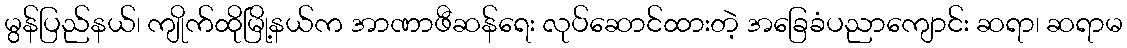
မွန်ပြည်နယ်၊ ကျိုက်ထိုမြို့နယ်က အာဏာဖီဆန်ရေး လုပ်ဆောင်ထားတဲ့ အခြေခံပညာကျောင်း ဆရာ၊ ဆရာမ